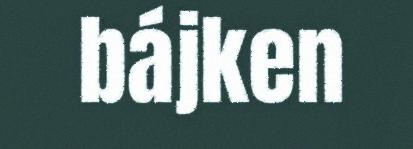
bájken